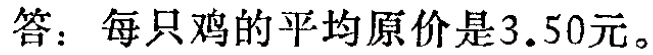
答：每只鸡的平均原价是\(3.50\)元。